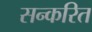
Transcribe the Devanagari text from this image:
सन्करित